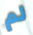
لم